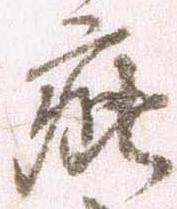
疵